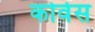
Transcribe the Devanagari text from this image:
कोर्वस